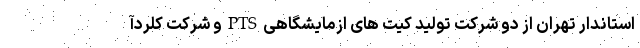
استاندار تهران از دو شرکت تولید کیت های ازمایشگاهیPTSو شرکت کلردآ